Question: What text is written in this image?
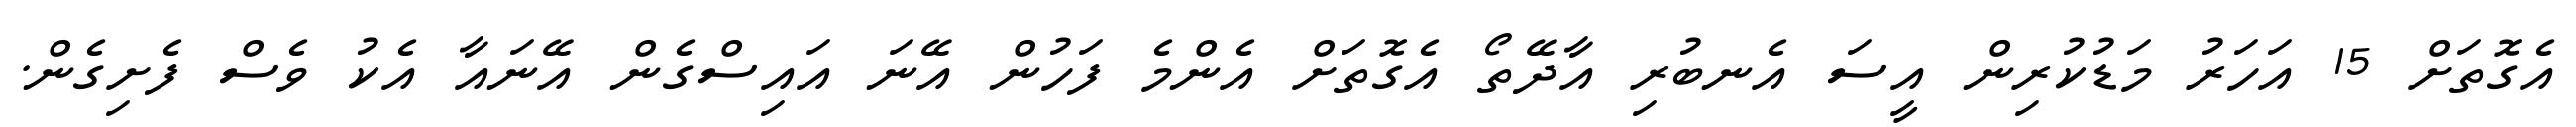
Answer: އެގޮތަށް 15 އަހަރު މަޑުކުރިން އީސަ އެނބުރި އާދޭތޯ އެގޮތަށް އެންމެ ފަހުން އޭނަ އައިސްގެން އޭނައާ އެކު ވެސް ފެށިގެން.